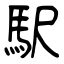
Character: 駅